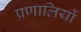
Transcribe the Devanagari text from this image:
प्रणालियों